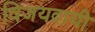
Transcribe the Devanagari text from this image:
विजयदायी